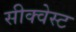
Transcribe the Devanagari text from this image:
सीक्वेस्ट